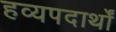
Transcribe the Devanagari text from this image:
हव्यपदार्थों